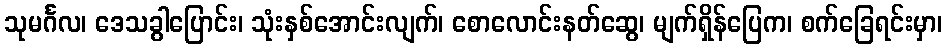
သုမင်္ဂလ၊ ဒေသခွါပြောင်း၊ သုံးနှစ်အောင်းလျက်၊ စောလောင်းနတ်ဆွေ၊ မျက်ရှိန်ပြေက၊ စက်ခြေရင်းမှာ၊